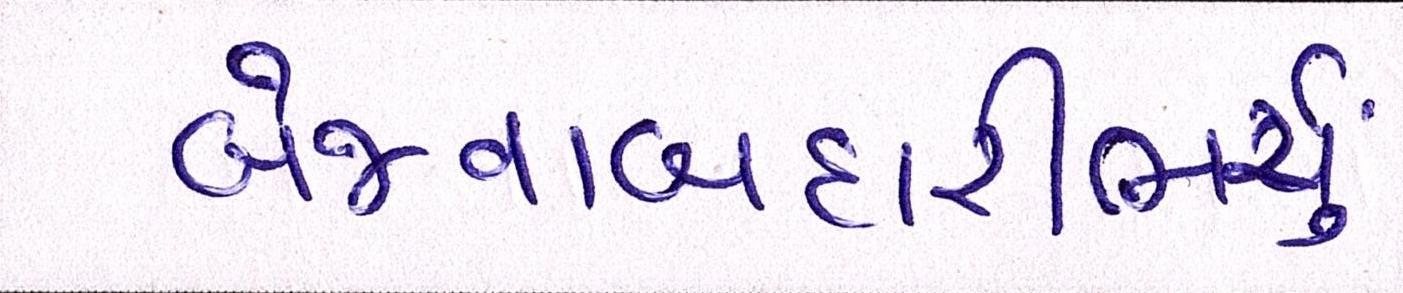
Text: બેજવાબદારીભર્યું